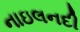
નાઇલનદી